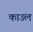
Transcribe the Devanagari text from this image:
काउल